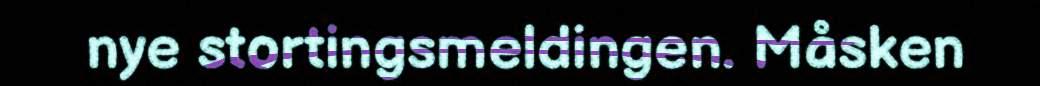
nye stortingsmeldingen. Måsken